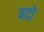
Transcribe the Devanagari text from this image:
बदो